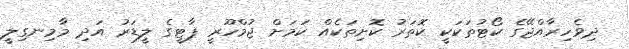
ދިވެހިރާއްޖޭގެ ކޯޓުތަކަކީ ކޮތަރު ކޮށިތަކެއް ކަމަށް ޖުމްހޫރީ ޕާޓީގެ ލީޑަރު އަދި މާމިނގިލީ